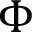
\Phi